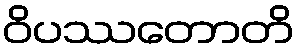
ဝိပဿတောတိ